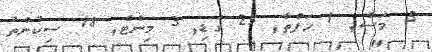
5 މަސް